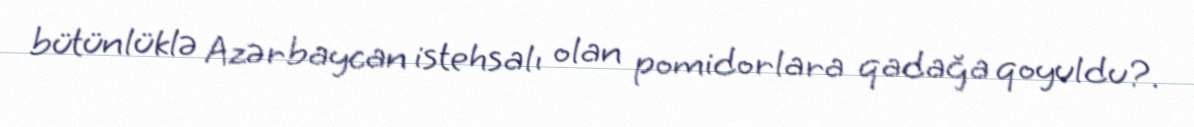
bütünlüklə Azərbaycan istehsalı olan pomidorlara qadağa qoyuldu?.